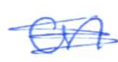
Text: on
Cross-out: scratch
Writing tool: ballpoint